State Department UAP Cable 5, Mexico, September 16, 2003
Agency: Department of State
Incident date: 9/12/03
Incident location: Mexico
Page 6
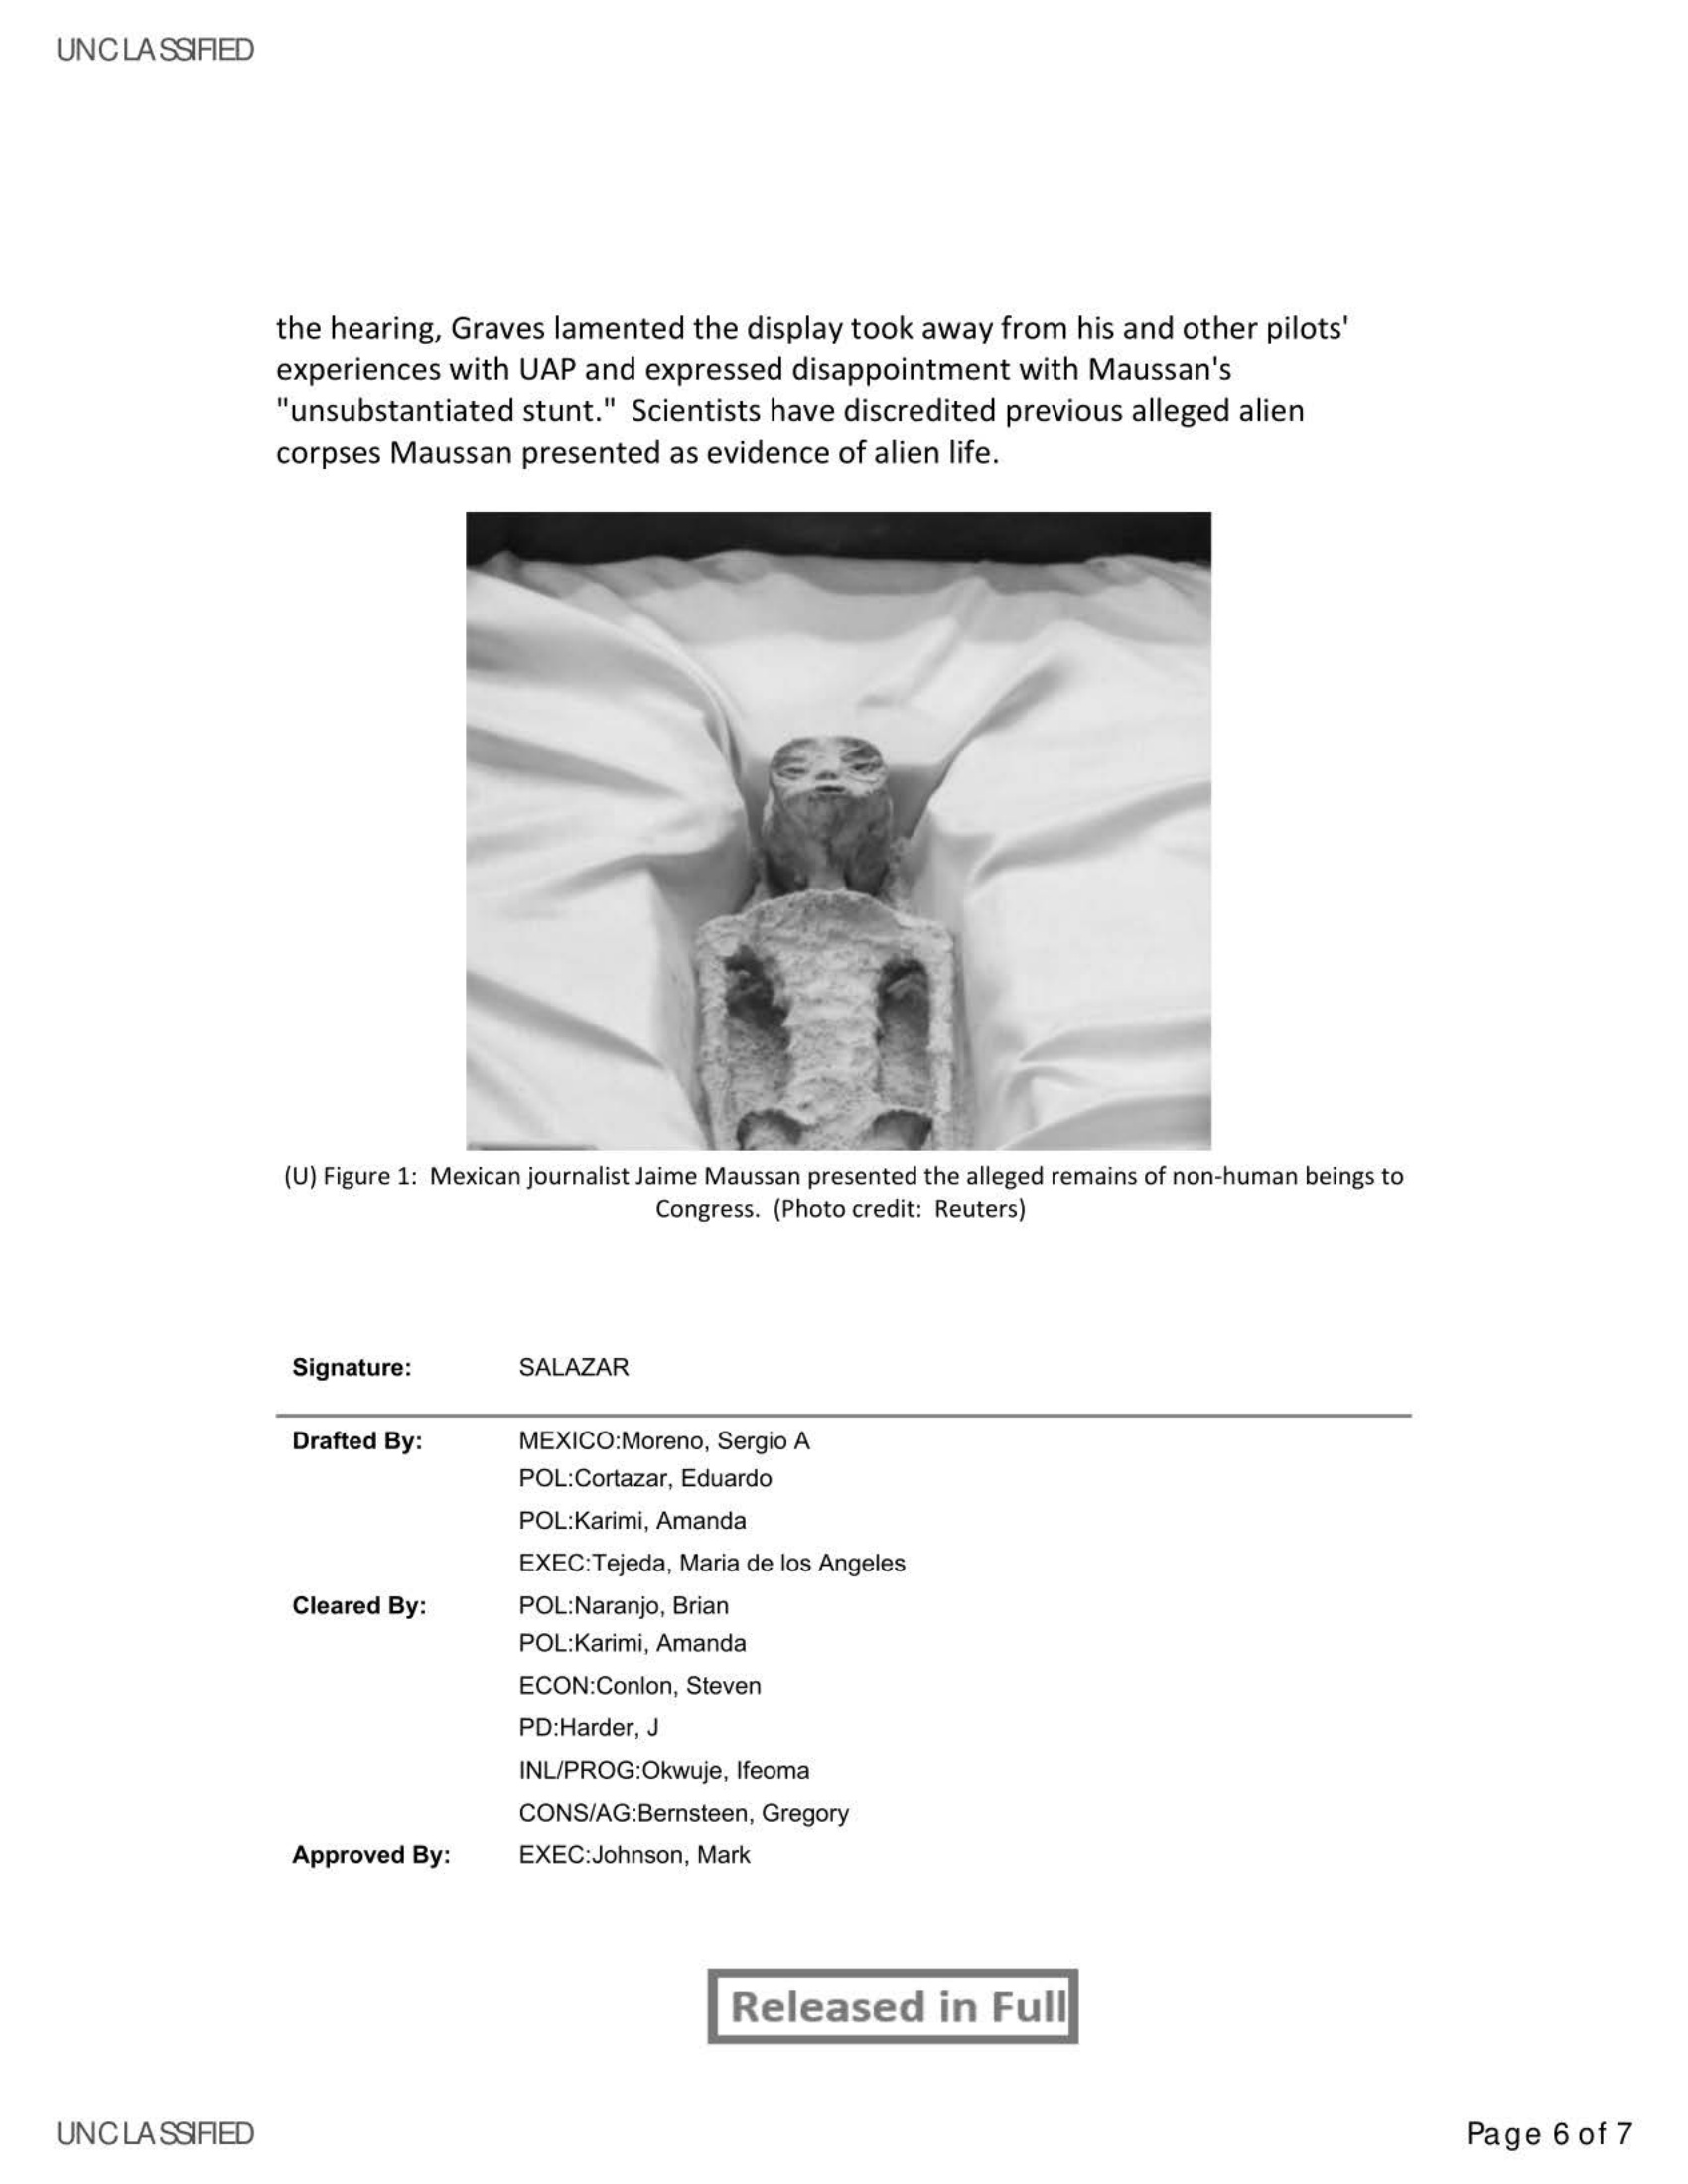